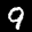
Label: 9